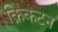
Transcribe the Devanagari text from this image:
क्रिकटन